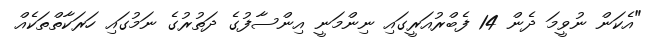
"އެކަން ނުވީމަ ދެން 14 ފެބްރުއަރީގައި ނިންމަނީ އިންސާފުގެ ދަތުރުގެ ނަމުގައި ހަރަކާތްތަކެއް